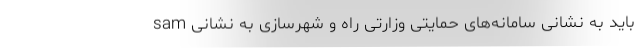
باید به نشانی سامانه‌های حمایتی وزارتی راه و شهرسازی به نشانی sam